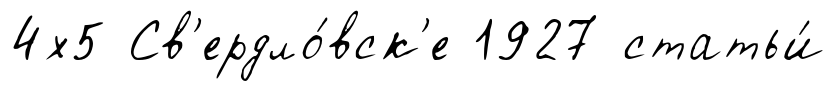
4х5 Св'ердло́вск'е 1927 статьи́